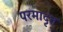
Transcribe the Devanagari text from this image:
परमादृत